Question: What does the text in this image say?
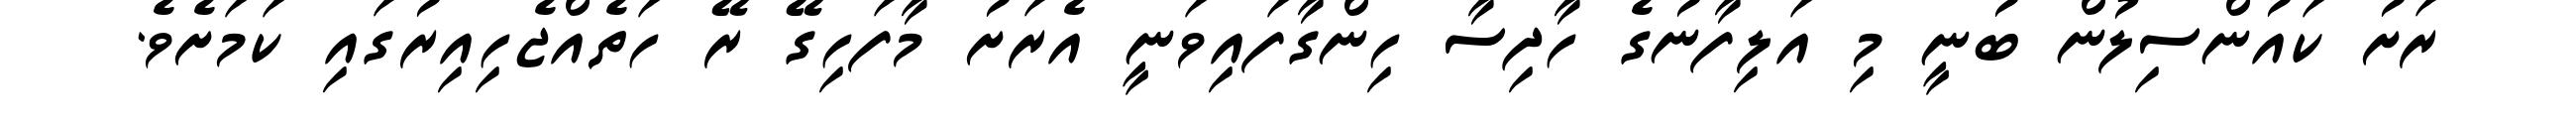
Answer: ރަށު ކައުންސިލުން ބުނީ މި އަލިފާނުގެ ހާދިސާ ހިންގާފައިވަނީ އެރަށު މާފަހިގޭ ރޭ ހަތެއްޖެހިއިރުގައި ކަމަށެވެ.